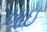
ખાઇ